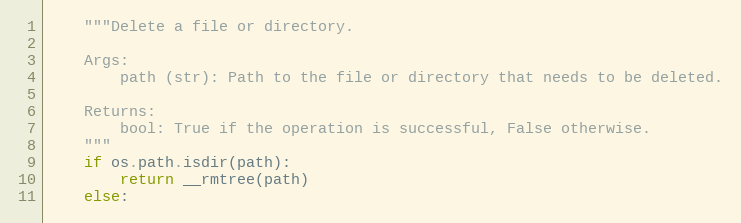
Language: Python
    """Delete a file or directory.

    Args:
        path (str): Path to the file or directory that needs to be deleted.

    Returns:
        bool: True if the operation is successful, False otherwise.
    """
    if os.path.isdir(path):
        return __rmtree(path)
    else: